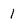
Character: 1